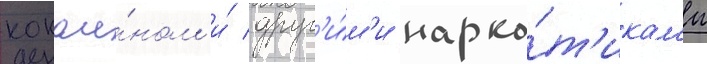
кокаи́ном и́ друг'и́м'и нарко́т'икам'и